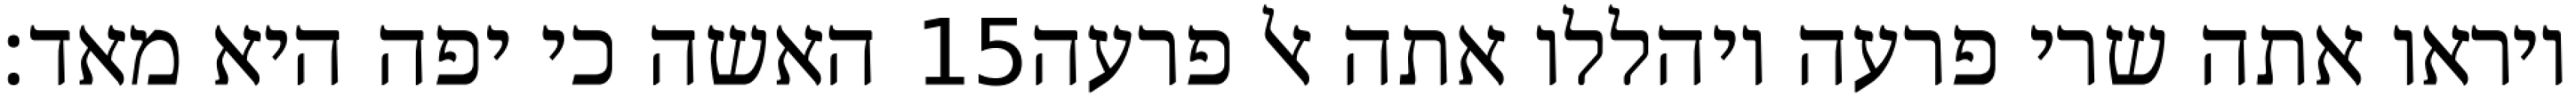
האשה כי יפה היא מאד׃ ‎15‏ ויראו אתה שרי פרעה ויהללו אתה אל פרעה